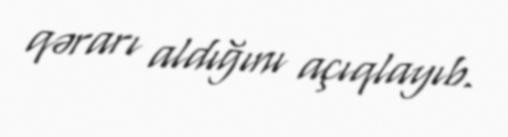
qərarı aldığını açıqlayıb.